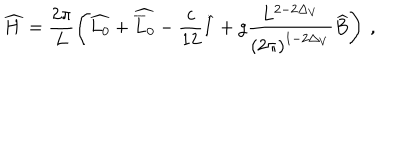
LaTeX: \widehat { H } = \frac { 2 \pi } { L } \left( \widehat { L _ { 0 } } + \widehat { \overline { { { L } } } _ { 0 } } - \frac { c } { 1 2 } \widehat { I } + g \frac { L ^ { 2 - 2 \Delta _ { V } } } { \left( 2 \pi \right) ^ { 1 - 2 \Delta _ { V } } } \widehat { B } \right) \: ,